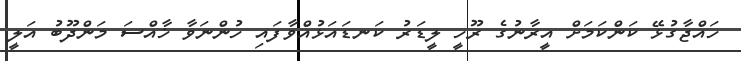
ހައްޖާގުޅޭ ކަންކަމަށް އީރާނުގެ ރޫހީ ލީޑަރު ކަނޑައަޅުއްވާފައި ހުންނަވާ ޚާއްސަ މަންދޫބު އަލީ